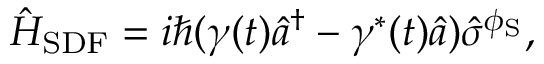
\hat { H } _ { \mathrm { S D F } } = i \hbar ( \gamma ( t ) \hat { a } ^ { \dagger } - \gamma ^ { * } ( t ) \hat { a } ) \hat { \sigma } ^ { \phi _ { \mathrm { S } } } ,